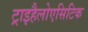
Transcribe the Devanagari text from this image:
ट्राइहैलोएसिटिक